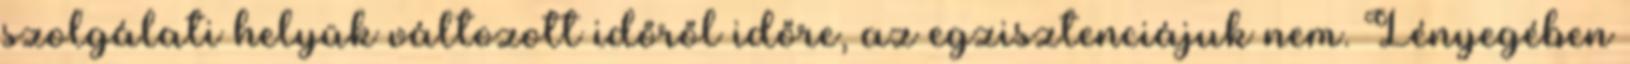
szolgálati helyük válto­zott időről időre, az egzisztenciájuk nem. Lényegében